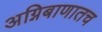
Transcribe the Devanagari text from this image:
अग्निबाणातच